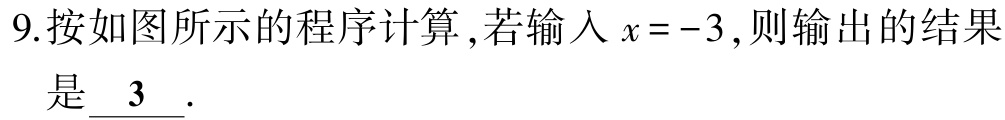
9.按如图所示的程序计算 ,若输入\(x = -3\),则输出的结果是\(\underline{3}\).